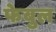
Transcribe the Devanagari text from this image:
फेबुल